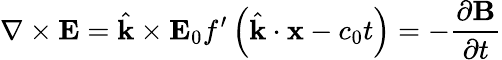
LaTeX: \nabla\times\mathbf{E}={\hat{\mathbf{k}}}\times\mathbf{E}_{0}f^{\prime}\left({\hat{\mathbf{k}}}\cdot\mathbf{x}-c_{0}t\right)=-{\frac{\partial\mathbf{B}}{\partial t}}